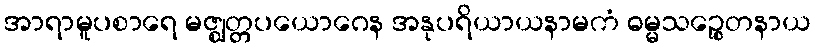
အာရာမူပစာရေ မဇ္ဈတ္တပယောဂေန အနုပရိယာယနာမကံ ဓမ္မသဉ္စေတနာယ